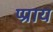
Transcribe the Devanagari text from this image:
प्प्राय